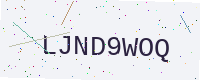
Text: LJND9WOQ